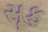
સૂફ